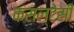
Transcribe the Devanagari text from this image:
कंसल्टेसी